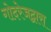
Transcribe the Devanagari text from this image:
गोदरेजद्वारा